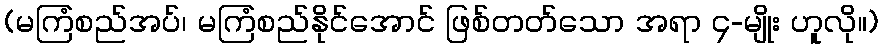
(မကြံစည်အပ်၊ မကြံစည်နိုင်အောင် ဖြစ်တတ်သော အရာ ၄-မျိုး ဟူလို။)